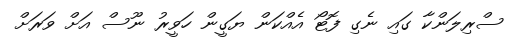
ސްރިލަންކާ ގައި ނެގި ފޮޓޯ އެއްކަން ޔަގީން ހަވީރު ނޫސް އަށް ވަރަށް